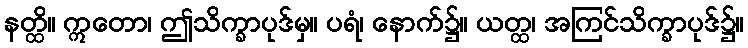
နတ္ထိ။ ဣတော၊ ဤသိက္ခာပုဒ်မှ။ ပရံ၊ နောက်၌။ ယတ္ထ၊ အကြင်သိက္ခာပုဒ်၌။